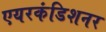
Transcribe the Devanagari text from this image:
एयरकंडिशनर